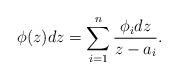
LaTeX: \begin{align*} \phi(z)dz = \sum_{i=1}^n \frac{\phi_i dz}{z-a_i}.\end{align*}